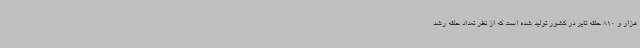
هزار و 810 حلقه تایر در کشور تولید شده است که از نظر تعداد حلقه رشد